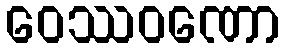
ဝေဿဝဏော